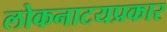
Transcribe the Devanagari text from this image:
लोकनाटयप्रकार